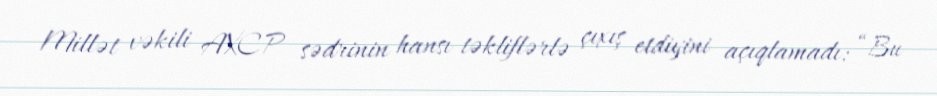
Millət vəkili AXCP sədrinin hansı təkliflərlə çıxış etdiyini açıqlamadı: “Bu